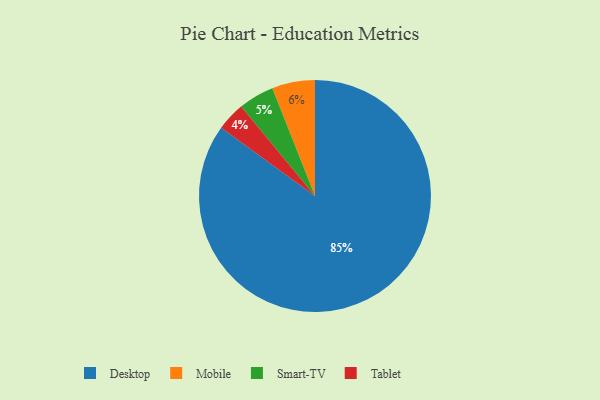
{"axis": {"x": "Category", "y": "Percentage"}, "legend": ["Desktop", "Mobile", "Smart-TV", "Tablet"], "data": [{"x": "Tablet", "y": 4, "type": "Tablet"}, {"x": "Smart-TV", "y": 5, "type": "Smart-TV"}, {"x": "Mobile", "y": 6, "type": "Mobile"}, {"x": "Desktop", "y": 85, "type": "Desktop"}]}